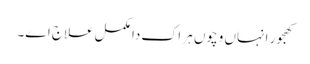
کھجور انہاں وچو‏ں ہر اک دا مکمل علاج ا‏‏ے۔